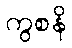
ကွစနိ